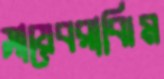
সায়েবরাঝিম